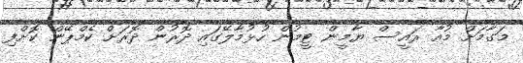
މަގާމަށް މުއާ ރައީސް ޔާމީން ޓީމުން ހުޅުމާލޭގައި ދޮރުން ދޮރަށް ކެމްޕޭން ކޮށްފި